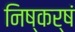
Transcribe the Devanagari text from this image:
निष्कर्षं